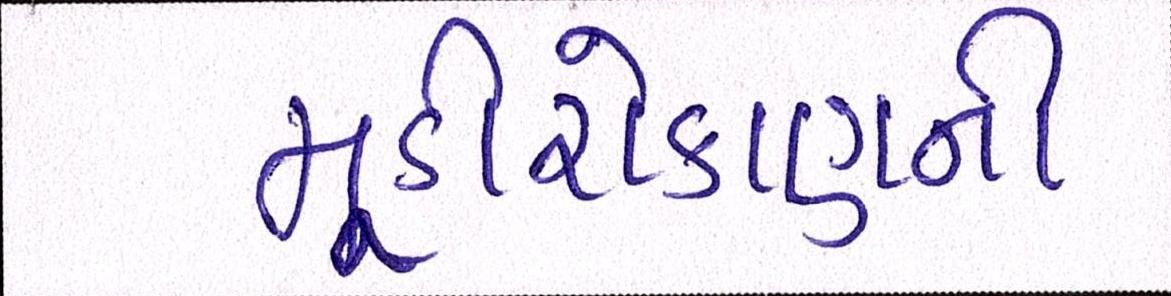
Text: મૂડીરોકાણની